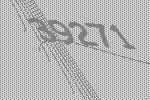
39271